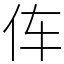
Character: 伡